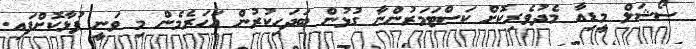
ސޯޝަލް މީޑިއާ މެދުވެރިކޮށް ކަސްޓަމަރުންނާ ގުޅުން ބަދަހިކުރުން އަހަރެމެން މި ވަނީ ފުޅާކޮށްފައި.